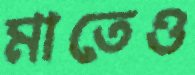
মাতেও